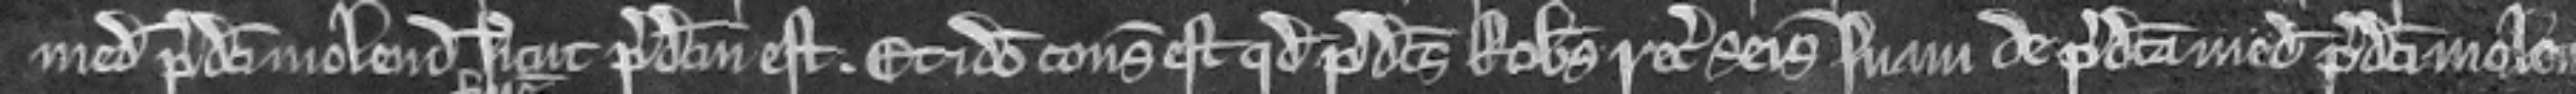
medietatem predicti molendini sicut predictum est. Et ideo consideratum est quod predictus Robertus recuperet seisinam suam de predicta medietate predicti molen